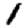
Digit: 1